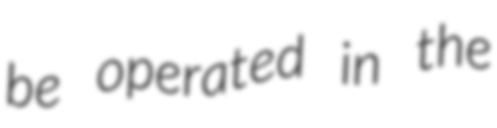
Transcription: be operated in the